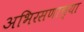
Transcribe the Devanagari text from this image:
अभिरसणाच्या